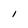
Character: I